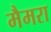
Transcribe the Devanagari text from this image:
मैमरा